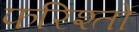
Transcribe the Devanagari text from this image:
फरिश्तो